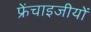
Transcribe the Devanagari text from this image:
फ्रेंचाइजीयों